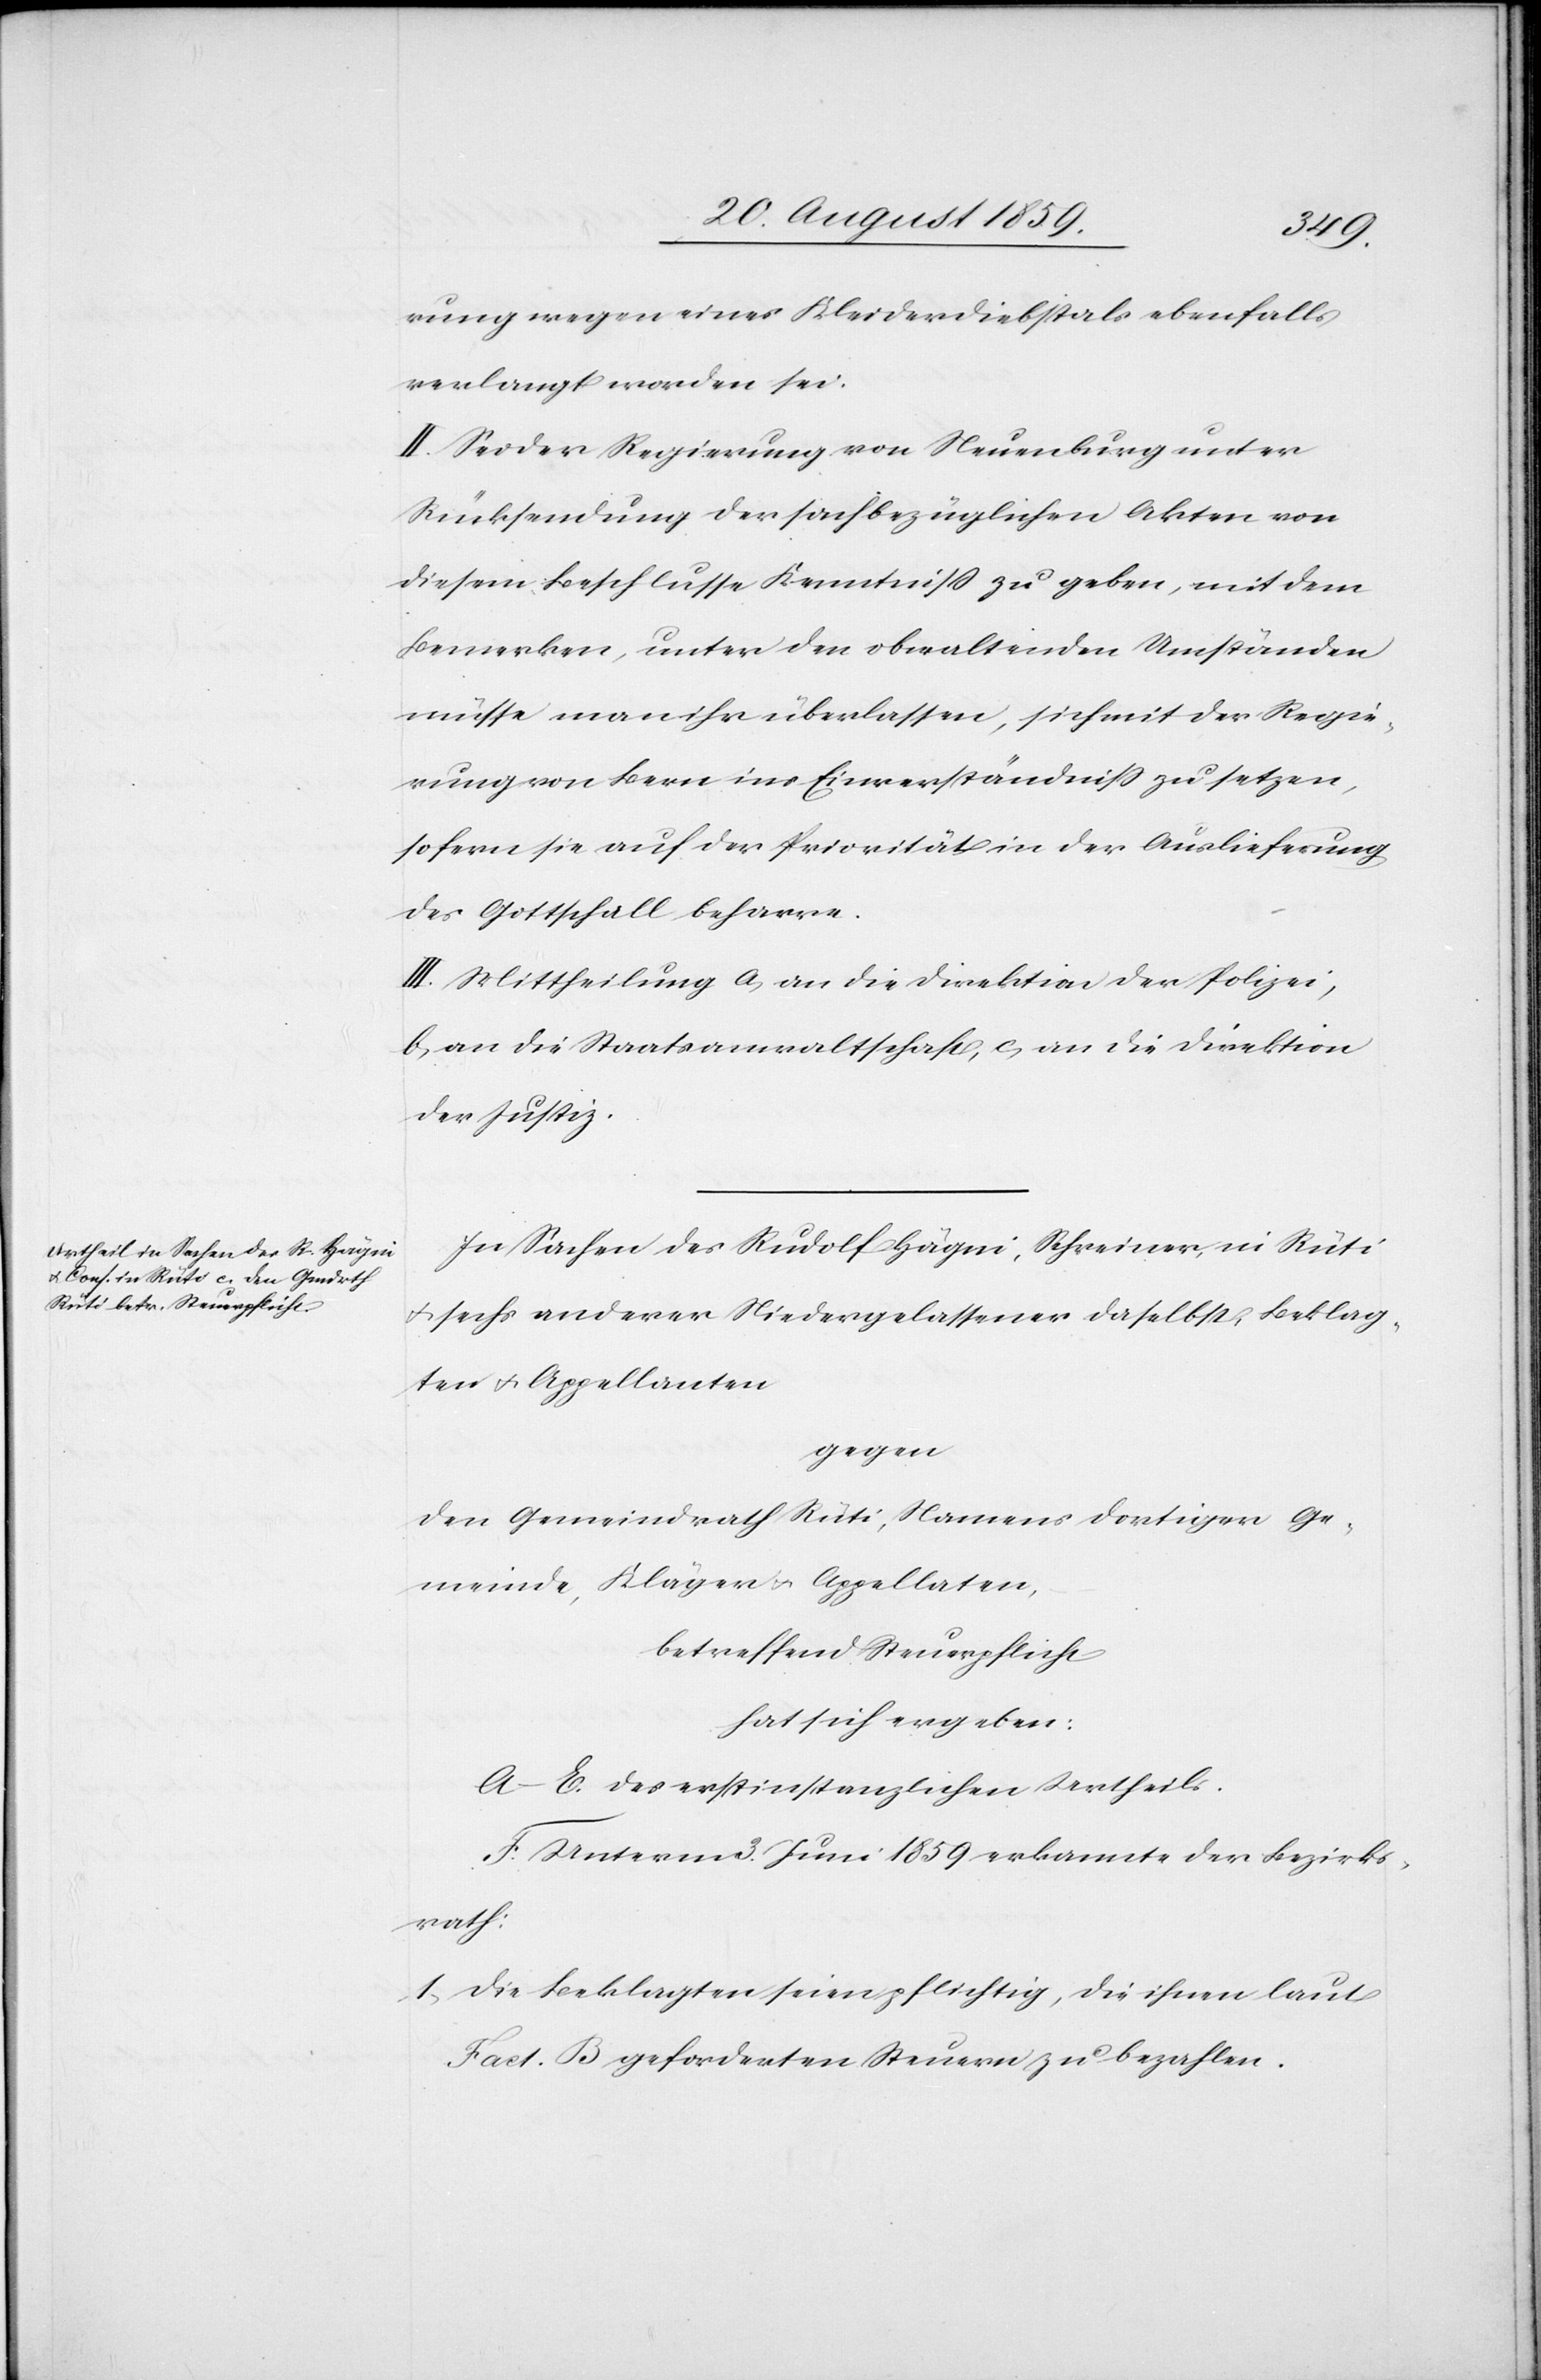
rung wegen eines Kleiderdiebstahls ebenfalls
verlangt worden sei.
II. Sei der Regierung von Neuenburg unter
Rücksendung der sachbezüglichen Akten von
diesem Beschlusse Kenntniß zu geben, mit dem
Bemerken, unter den obwaltenden Umständen
müsse man ihr überlassen, sich mit der Regie¬
rung von Bern ins Einverständniß zu setzen,
sofern sie auf der Priorität in der Auslieferung
des Gottschall beharre.
III. Mittheilung a) an die Direktion der Polizei,
b) an die Staatsanwaltschaft, c) an die Direktion
der Justiz.
In Sachen des Rudolf Hägni, Schreiner, in Rüti
u. sechs anderer Niedergelassener daselbst, Beklag¬
ten u. Appellanten
gegen
den Gemeindrath Rüti, Namens dortiger Ge¬
meinde, Kläger u. Appellaten,
betreffend Steuerpflicht
hat sich ergeben:
A–E. des erstinstanzlichen Urtheils.
F. Unterm 3. Juni 1859 erkannte der Bezirks¬
rath:
1. Die Beklagten seien pflichtig, die ihnen laut
Fact. B geforderten Steuern zu bezahlen.